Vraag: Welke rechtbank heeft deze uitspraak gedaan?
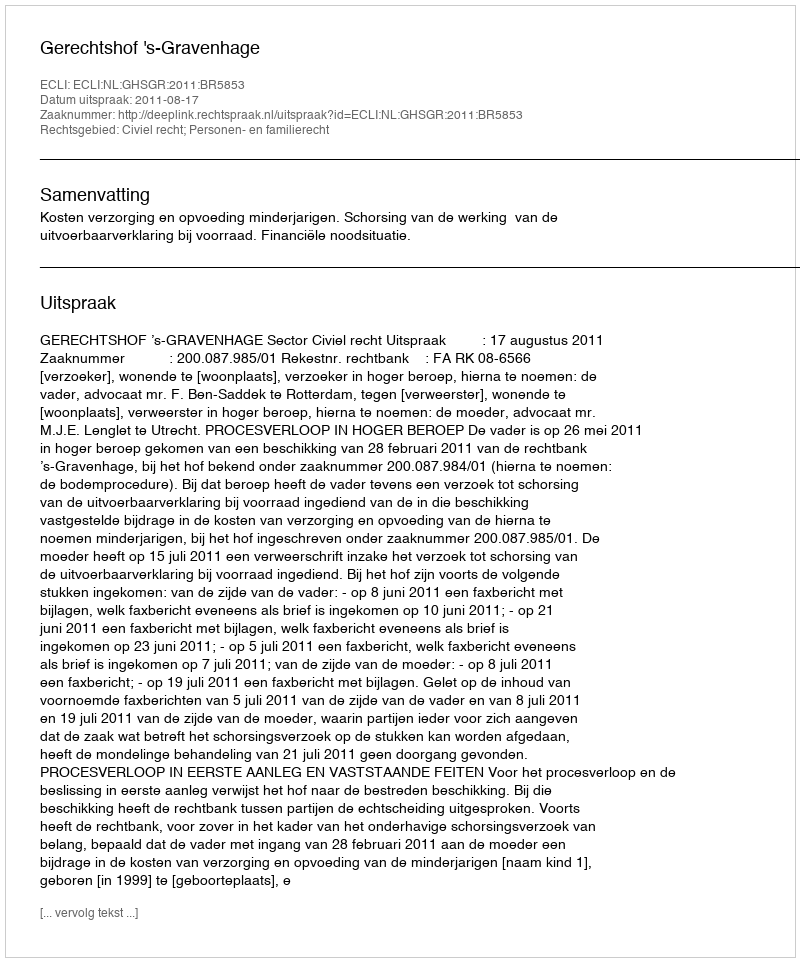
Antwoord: Gerechtshof 's-Gravenhage